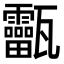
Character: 𤮸